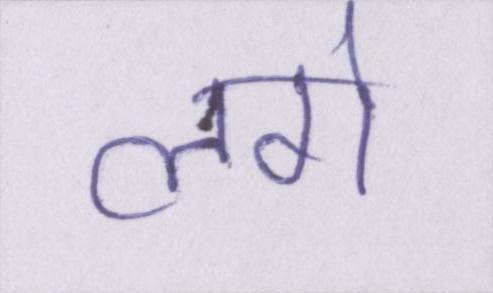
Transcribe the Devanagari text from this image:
लगे